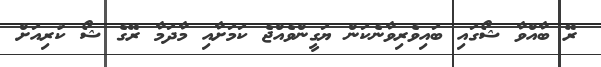
ރޭ ބާއްވާ ޝޯގައި ބައިވެރިވާނެކަން ޔަގީންވެއްޖެ ކަމަށާއި މާދަމާ ރޭގެ ޝޯ ކުރިއަށް